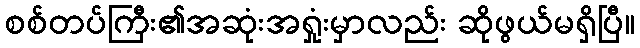
စစ်တပ်ကြီး၏အဆုံးအရှုံးမှာလည်း ဆိုဖွယ်မရှိပြီ။